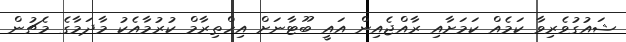
ޝައުގުވެރިވާ ކަމެއް ކަމަށާއި ރާއްޖެއިން އައީ ބޫޓާނަށް އިހްތިރާމް ކުރުމާއެކު މާދަމާގެ މެޗުން